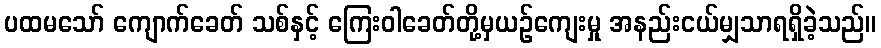
ပထမသော် ကျောက်ခေတ် သစ်နှင့် ကြေးဝါခေတ်တို့မှယဉ်ကျေးမှု အနည်းငယ်မျှသာရရှိခဲ့သည်။